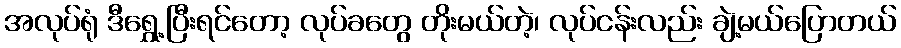
အလုပ်ရုံ ဒီရွှေ့ပြီးရင်တော့ လုပ်ခတွေ တိုးမယ်တဲ့၊ လုပ်ငန်းလည်း ချဲ့မယ်ပြောတယ်